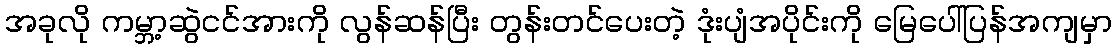
အခုလို ကမ္ဘာ့ဆွဲငင်အားကို လွန်ဆန်ပြီး တွန်းတင်ပေးတဲ့ ဒုံးပျံအပိုင်းကို မြေပေါ်ပြန်အကျမှာ